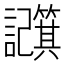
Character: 𫍕